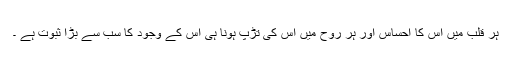
ہر قلب میں اس کا احساس اور ہر روح میں اس کی تڑپ ہونا ہی اس کے وجود کا سب سے بڑا ثبوت ہے ۔